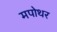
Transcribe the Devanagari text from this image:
मपोथर